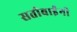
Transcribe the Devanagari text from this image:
सतीबाईंनी